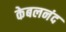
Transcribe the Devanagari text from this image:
केबलनंद